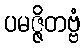
ပမဇ္ဇိတဗ္ဗံ